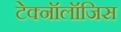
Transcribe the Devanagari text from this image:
टेक्नॉलॉजिस